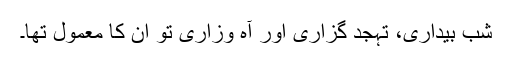
شبِ بیداری، تہجد گزاری اور آہ وزاری تو اُن کا معمول تھا۔